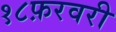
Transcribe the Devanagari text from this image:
१८फ़रवरी